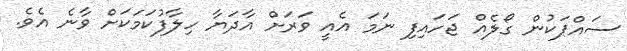
ސައްޕަކުން ގޯލެއް ޖަހައިފި ނަމަ އެއީ ވަރަށް އާދަޔާ ހިލާފުކަމަކަށް ވާނެ އެވެ.